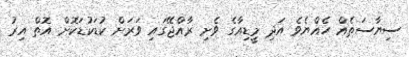
ސިޔާސަތެއް ހެއްޔެވެ އަދި މީޑިއާގެ ވެށި ރާއްޖޭގައި ވަރަށް ކުޑަކުޑަކޮށް އޮތް އިރު